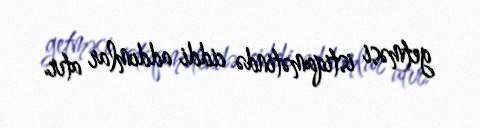
getməsi istiqamətində ciddi addımlar atır.